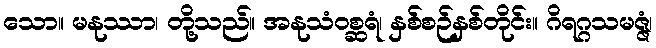
သော။ မနုဿာ၊ တို့သည်။ အနုသံဝစ္ဆရံ၊ နှစ်စဉ်နှစ်တိုင်း။ ဂိရဂ္ဂသမဇ္ဇံ၊